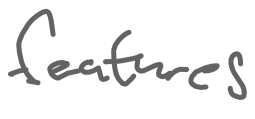
Text: features
Cross-out: clean
Writing tool: digital_gray